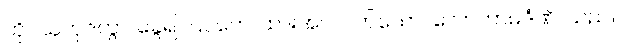
ကို။ ဩဘုဇတွာ၊ ခွေ၍။ ဌပိတေ၊ ထားအပ်လတ်သော်။ လောကာမဒံဏိ၊ သည်။